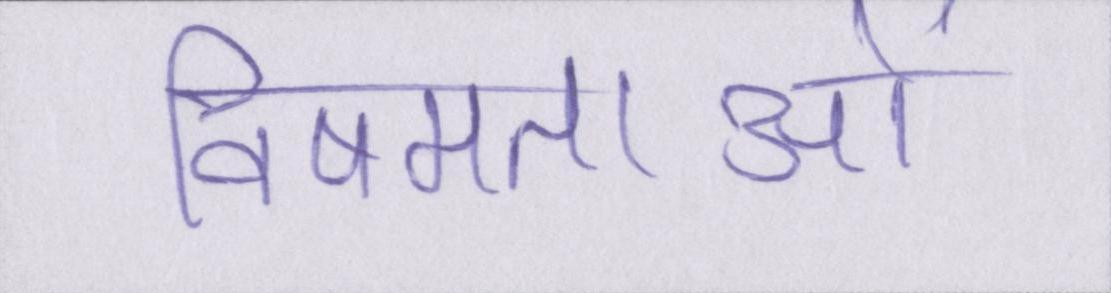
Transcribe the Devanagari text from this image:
विषमताओं